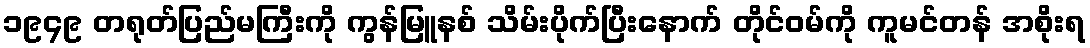
၁၉၄၉ တရုတ်ပြည်မကြီးကို ကွန်မြူနစ် သိမ်းပိုက်ပြီးနောက် တိုင်ဝမ်ကို ကူမင်တန် အစိုးရ